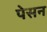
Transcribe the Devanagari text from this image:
पेसन